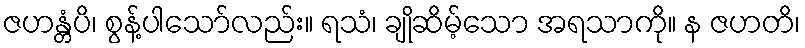
ဇဟန္တံပိ၊ စွန့်ပါသော်လည်း။ ရသံ၊ ချိုဆိမ့်သော အရသာကို။ န ဇဟတိ၊